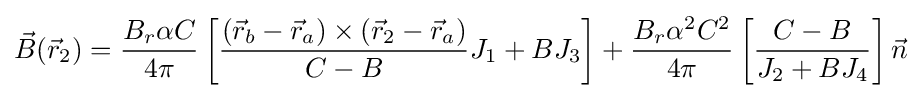
{\vec {B}}({\vec {r}}_{2})={\frac {B_{r}\alpha C}{4\pi }}\left[{\frac {({\vec {r}}_{b}-{\vec {r}}_{a})\times ({\vec {r}}_{2}-{\vec {r}}_{a})}{C-B}}J_{1}+BJ_{3}\right]+{\frac {B_{r}\alpha ^{2}C^{2}}{4\pi }}\left[{\frac {C-B}{J_{2}+BJ_{4}}}\right]{\vec {n}}